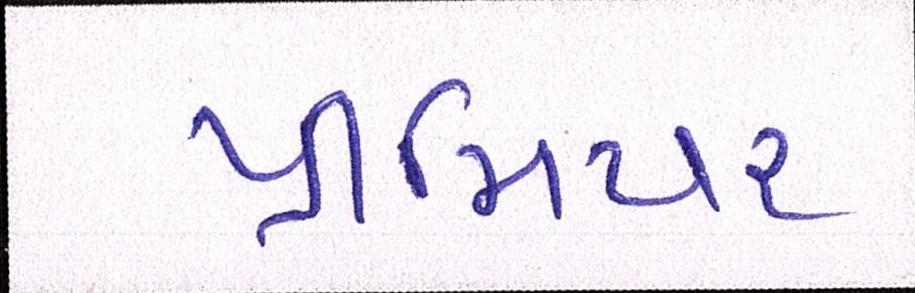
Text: પ્રીમિયર